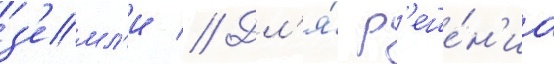
з'емл'и // Дл'я́ р'еше́н'иа